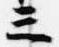
三